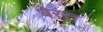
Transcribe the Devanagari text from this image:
बेस्त